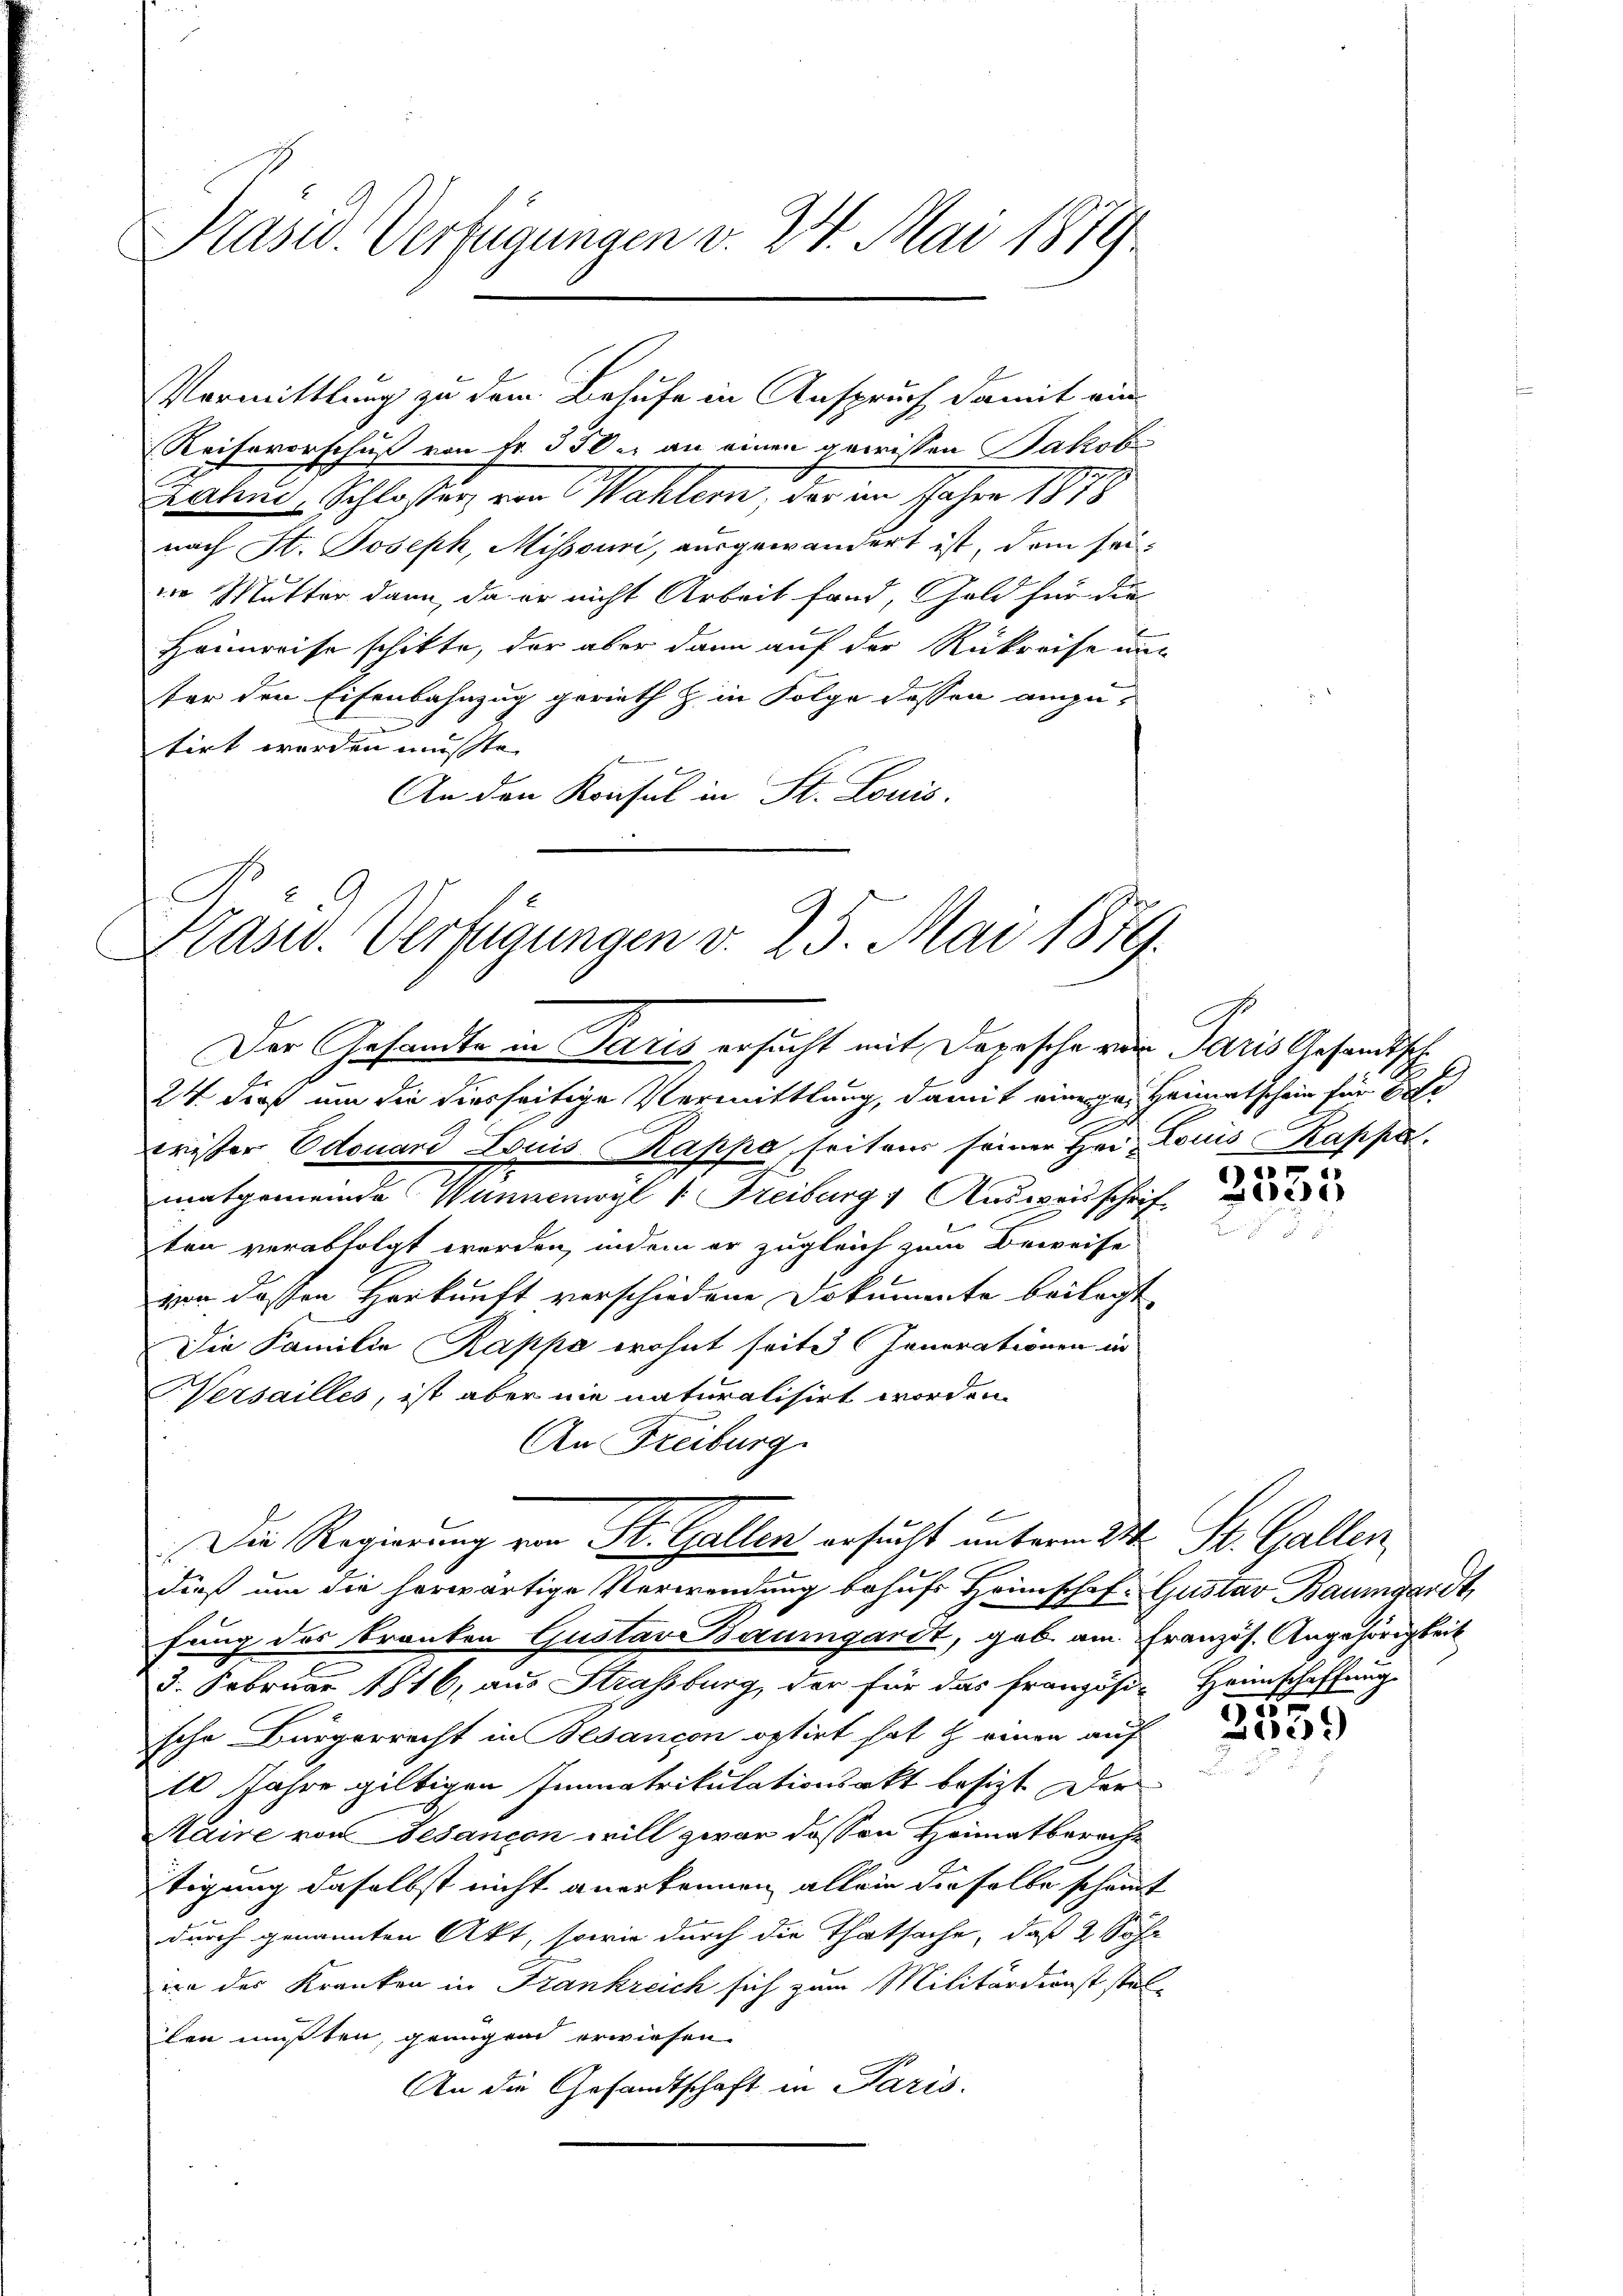
Pasio-Verfügungen v. 24. Mai 1879.

Keisevorschuß von Fr. 350 u. an einen gewissen Jakob
ahus, Schlossen von Wahler, der im Jahre 1878
nach St. Joseph, Missouri, ausgewandert ist, dem seine Mutter dann, da er nicht Arbeit fand, Geld für die
Heimreise schikte, der aber dann auf der Rükreise und
ter den Eisenbahnzug gerieth z. in Folge dessen anzu-
n
tirt werden müsste.
An den Konsul in St. Louis.
24 dieß um die hierseitige Vermittlung, damit eine ge. Heimatschein für d
wrister Odouard Louis Kappe, seitens seiner Hei Louis Kappe
matgemeinde Wunnenwyl /: Freiburg, Ausweisschrif
ten verabfolgt werden, indem er zugleich zum Beweise
von dessen Herkunft verschiedene Dokumente beilagt
Die Familie Kappe wohnt seite Genorationen in
WVersailles, ist aber nie naturalisirt worden.
An Freiburg
Die Regierung von St. Gallen ersucht unterm 2ten St. Gallen,
dieß um die herwärtige Verwendung behufs Heimschaf-Gustav Baumgardt,
fung des Branken Gustav Saumgarit, gab. am Französ. Angehörigkeit
3. Februar 1816, aus Strassburg, der für das französi-Heimschaffung
sche Bürgerrecht in Besancon optirt hat & einen auf
10 Jahre giltigen Immatrikulationsakt besizt. Der
Maire von Gesançon will zwar dessen Heimatberacht
tigung daselbst nicht anerkennen, allein dieselbe scheint
durch genannten Akt, sowie durch die Thatsache, daß 2 Söhn
von der Kranken in Frankreich sich zum Militärdienst stel-
len mußten, genügen erwiesen.
An die Gesandtschaft in Paris.

Vormittlung zu dem Behufe in Anspruch damit ein

Grasw. Verfügungen v. 25. Mai 1879.
Der Gesandte in Paris ersucht mit Depesche von Paris Gesandtsch

g
1

2359